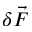
\delta \vec { F }